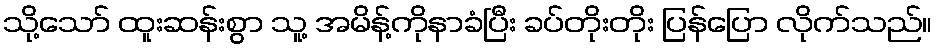
သို့သော် ထူးဆန်းစွာ သူ့ အမိန့်ကိုနာခံပြီး ခပ်တိုးတိုး ပြန်ပြော လိုက်သည်။